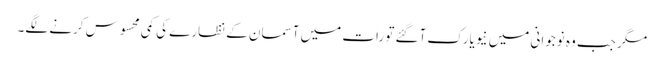
مگر جب وہ نوجوانی میں نیویارک آگئے تو رات میں آسمان کے نظارے کی کمی محسوس کرنے لگے۔